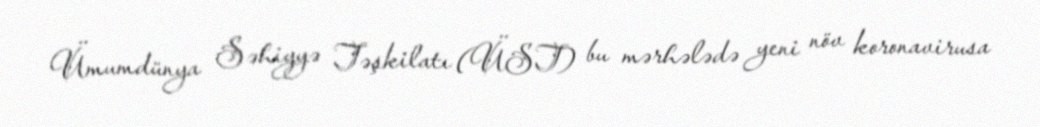
Ümumdünya Səhiyyə Təşkilatı (ÜST) bu mərhələdə yeni növ koronavirusa